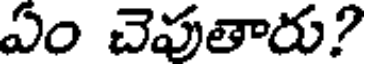
ఏం చెపుతారు?